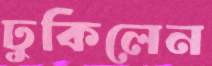
ঢুকিলেন